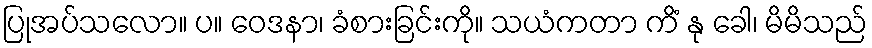
ပြုအပ်သလော။ ပ။ ဝေဒနာ၊ ခံစားခြင်းကို။ သယံကတာ ကိံ နု ခေါ၊ မိမိသည်